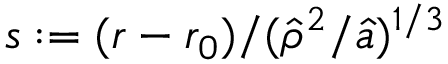
s : = ( r - r _ { 0 } ) / ( \hat { \rho } ^ { 2 } / \hat { a } ) ^ { 1 / 3 }